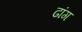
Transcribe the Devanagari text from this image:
ढांग